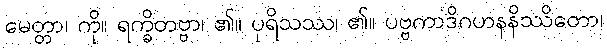
မေတ္တာ၊ ကို။ ရက္ခိတဗ္ဗာ၊ ၏။ ပုရိသဿ၊ ၏။ ပဗ္ဗကာဒိဂဟနနိဿိတော၊